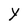
Character: Y